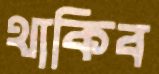
থাকিব